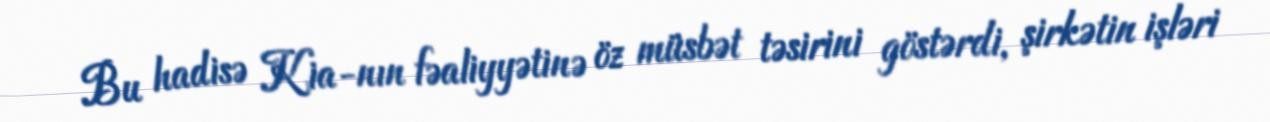
Bu hadisə Kia-nın fəaliyyətinə öz müsbət təsirini göstərdi, şirkətin işləri